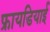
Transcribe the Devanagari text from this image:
फ्रायडियाई